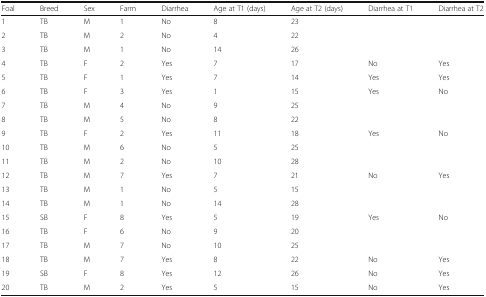
| Foal | Breed | Sex | Farm | Diarrhea | Age at T1 (days) | Age at T2 (days) | Diarrhea at T1 | Diarrhea at T2 |
 | --- | --- | --- | --- | --- | --- | --- | --- | --- |
 | 1 | TB | M | 1 | No | 8 | 23 |  |  |
 | 2 | TB | M | 2 | No | 4 | 22 |  |  |
 | 3 | TB | M | 1 | No | 14 | 26 |  |  |
 | 4 | TB | F | 2 | Yes | 7 | 17 | No | Yes |
 | 5 | TB | F | 1 | Yes | 7 | 14 | Yes | Yes |
 | 6 | TB | F | 3 | Yes | 1 | 15 | Yes | No |
 | 7 | TB | M | 4 | No | 9 | 25 |  |  |
 | 8 | TB | M | 5 | No | 8 | 22 |  |  |
 | 9 | TB | F | 2 | Yes | 11 | 18 | Yes | No |
 | 10 | TB | M | 6 | No | 5 | 25 |  |  |
 | 11 | TB | M | 2 | No | 10 | 28 |  |  |
 | 12 | TB | M | 7 | Yes | 7 | 21 | No | Yes |
 | 13 | TB | M | 1 | No | 5 | 15 |  |  |
 | 14 | TB | M | 1 | No | 14 | 28 |  |  |
 | 15 | SB | F | 8 | Yes | 5 | 19 | Yes | No |
 | 16 | TB | F | 6 | No | 9 | 20 |  |  |
 | 17 | TB | M | 7 | No | 10 | 25 |  |  |
 | 18 | TB | M | 7 | Yes | 8 | 22 | No | Yes |
 | 19 | SB | F | 8 | Yes | 12 | 26 | No | Yes |
 | 20 | TB | M | 2 | Yes | 5 | 15 | No | Yes |